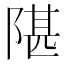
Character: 𬯋